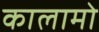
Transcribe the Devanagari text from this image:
कालामो